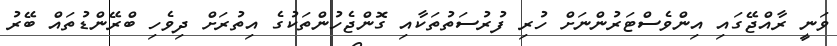
ވަނީ ރާއްޖޭގައި އިންވެސްޓަރުންނަށް ހުރި ފުރުސަތުތަކާއި ގޮންޖެހުންތަކުގެ އިތުރަށް ދިވެހި ބްރޭންޑުތައް ބޭރު